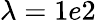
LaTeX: \lambda=1e2